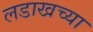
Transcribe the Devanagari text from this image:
लडाखच्या